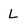
Character: L